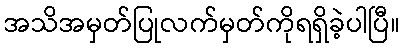
အသိအမှတ်ပြုလက်မှတ်ကိုရရှိခဲ့ပါပြီ။